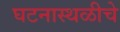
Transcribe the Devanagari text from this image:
घटनास्थळीचे